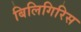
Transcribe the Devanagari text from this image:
बिलिगिरिस